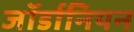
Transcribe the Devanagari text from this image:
जॉर्डानियन